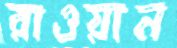
রাওয়ান